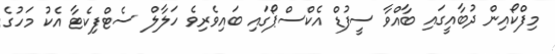
މިފްކޯއިން ދުބާއީގައި ބާއްވާ ސީފުޑް އެކްސްޕޯގައި ބައިވެރިވެ ހަލާލް ސެޓްފިކެޓާ އެކު މަހުގެ